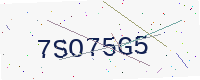
Text: 7SO75G5